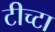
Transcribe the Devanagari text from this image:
टीच्टा